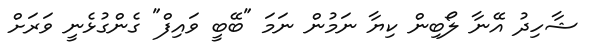
ޝާހިދު އޭނާ ލޯބިން ކިޔާ ނަމުން ނަމަ "ބޭބީ ވައިފް" ގެންގުޅެނީ ވަރަށް